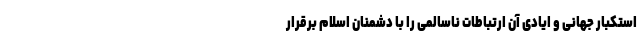
استکبار جهانی و ایادی آن ارتباطات ناسالمی را با دشمنان اسلام برقرار